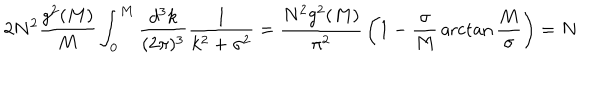
2 N ^ { 2 } { \frac { g ^ { 2 } ( M ) } { M } } \int _ { 0 } ^ { M } { \frac { d ^ { 3 } k } { ( 2 \pi ) ^ { 3 } } } { \frac { 1 } { k ^ { 2 } + \sigma ^ { 2 } } } = { \frac { N ^ { 2 } g ^ { 2 } ( M ) } { \pi ^ { 2 } } } \left( 1 - { \frac { \sigma } { M } } \operatorname { a r c t a n } { \frac { M } { \sigma } } \right) = N